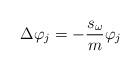
LaTeX: \begin{align*}\Delta\varphi_{j}=-\frac{s_{\omega}}{m}\varphi_{j}\end{align*}